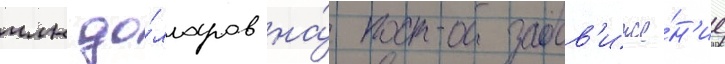
млн до́лларов на́ продв'иже́н'ие